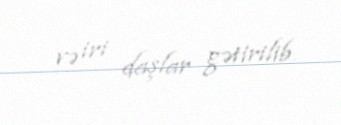
və iri daşlar gətirilib.